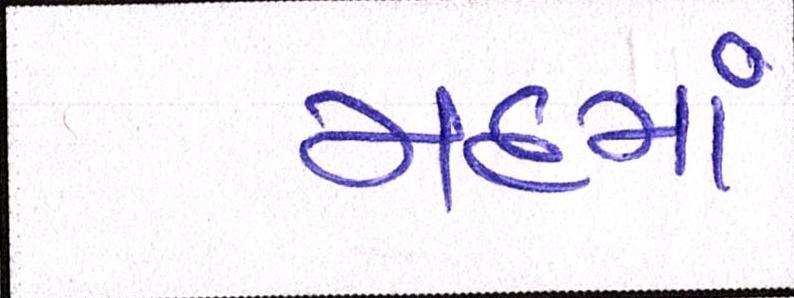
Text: મદમાં